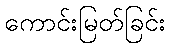
ကောင်းမြတ်ခြင်း